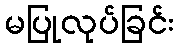
မပြုလုပ်ခြင်း